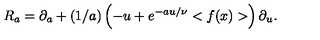
R _ { a } = \partial _ { a } + ( 1 / a ) \left( - u + e ^ { - a u / \nu } < f ( x ) > \right) \partial _ { u } .